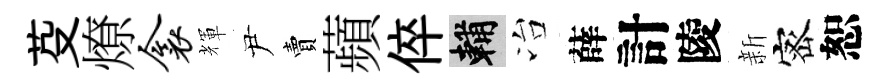
芟燎衾輝尹賣蘋倅輔冶薛計陵新宻恕